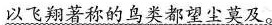
以飞翔著称的鸟类都望尘莫及。